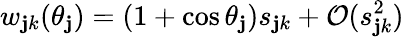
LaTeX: w_{\mathbf{j}k}(\theta_{\mathbf{j}})=(1+\cos\theta_{\mathbf{j}})s_{\mathbf{j}k}+\mathcal{O}(s_{\mathbf{j}k}^{2})